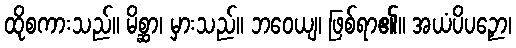
ထိုစကားသည်။ မိစ္ဆာ၊ မှားသည်။ ဘဝေယျ၊ ဖြစ်ရာ၏။ အယံပိပဉှော၊